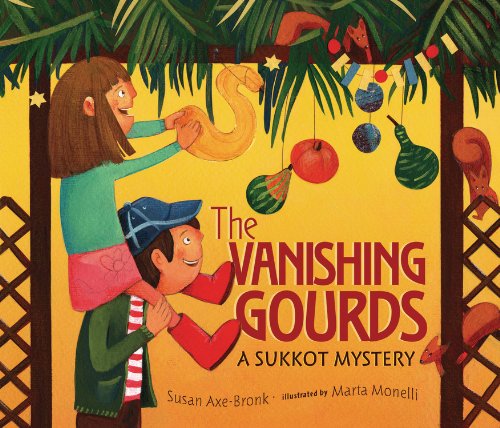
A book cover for The Vanishing Gourds: A Sukkot Mystery; Susan Axe-Bronk; Children's Books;